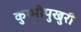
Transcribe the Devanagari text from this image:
कुम्भीपुखुरी